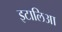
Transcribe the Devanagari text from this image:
इटालिआ